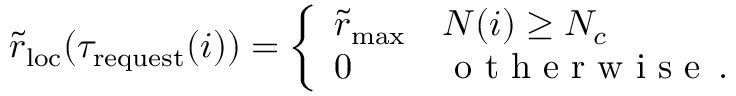
\tilde { r } _ { \mathrm { l o c } } ( \tau _ { \mathrm { r e q u e s t } } ( i ) ) = \left\{ \begin{array} { l l } { \tilde { r } _ { \mathrm { m a x } } } & { N ( i ) \ge N _ { c } } \\ { 0 } & { \textnormal { o t h e r w i s e } \, . } \end{array} \right.